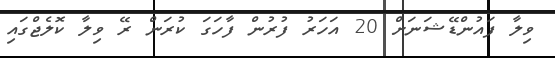
ވިލާ ފައުންޑޭޝަނަށް 20 އަހަރު ފުރުން ފާހަގަ ކުރަން ރޭ ވިލާ ކޮލެޖްގައި